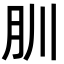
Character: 𦘶